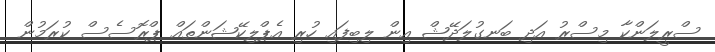
ސްރީލަންކާ މިސްރު އަދި ބަނގުލަދޭޝް އިން ލިބިފައި ހުރި އެޕްލިކޭޝަންތައް ޕްރޮސެސް ކުރަމުން